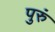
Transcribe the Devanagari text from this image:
पुरुं